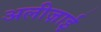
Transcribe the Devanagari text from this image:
अलीज़ाई